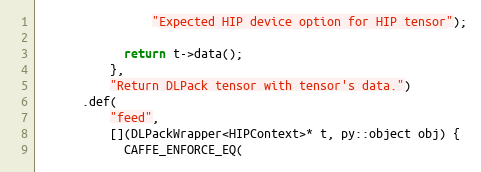
Language: C++
                "Expected HIP device option for HIP tensor");

            return t->data();
          },
          "Return DLPack tensor with tensor's data.")
      .def(
          "feed",
          [](DLPackWrapper<HIPContext>* t, py::object obj) {
            CAFFE_ENFORCE_EQ(